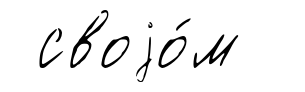
своjо́м